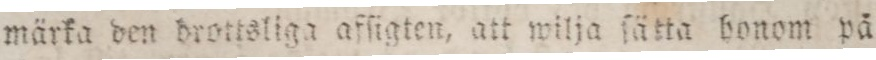
märka den drottsliga afſigten, att wilja ſätta honom på